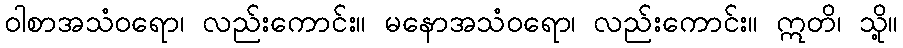
ဝါစာအသံဝရော၊ လည်းကောင်း။ မနောအသံဝရော၊ လည်းကောင်း။ ဣတိ၊ သို့။